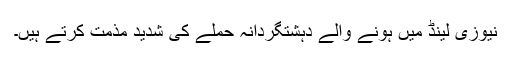
نیوزی لینڈ میں ہونے والے دہشتگردانہ حملے کی شدید مذمت کرتے ہیں۔